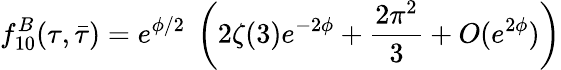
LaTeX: f_{10}^{B}(\tau,\bar{\tau})=e^{\phi/2}~\left(2\zeta(3)e^{-2\phi}+\frac{2\pi^{2}}{3}+O(e^{2\phi})\right)